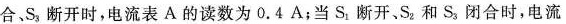
合，S_{3}断开时，电流表A的读数为0.4A；当S_{1}断开、S_{2}和S_{3}闭合时，电流